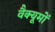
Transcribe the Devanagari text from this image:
वैक्यूमों